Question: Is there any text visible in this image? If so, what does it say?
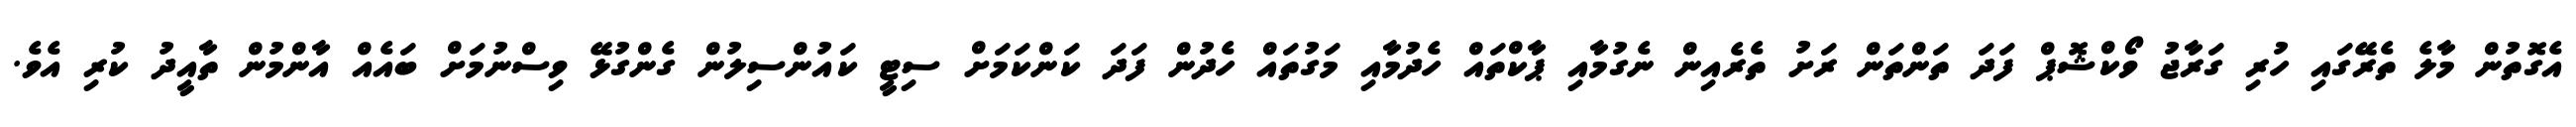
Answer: އެގޮތުން މާލެ ތެރޭގައި ހުރި ގަރާޖު ވޯކްޝޮޕް ފަދަ ތަންތަން ރަށު ތެރެއިން ނެގުމާއި ޕާކްތައް ހެދުމާއި މަގުތައް ހެދުން ފަދަ ކަންކަމަށް ސިޓީ ކައުންސިލުން ގެންގުޅޭ ވިސްނުމަށް ބައެއް އާންމުން ތާއީދު ކުރި އެވެ.